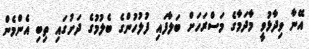
އޭނާ ވިދާޅުވީ މާދަމާގެ މަސްރަހަށް ބަލާފައި ފުލުހުންގެ ބެލުމުގެ ދަށުގައި ތިބި އެންމެން